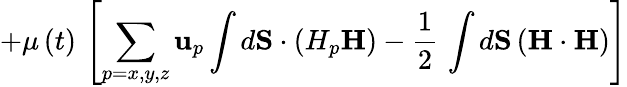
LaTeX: +\mu\left(t\right)\, \left[\sum_{p=x,y,z}\mathbf{u}_{p}\int d\mathbf{S}\cdot\left(H_{p}\mathbf{H}\right)-\frac{1}{2}\, \int d\mathbf{S}\left(\mathbf{H}\cdot\mathbf{H}\right)\right]